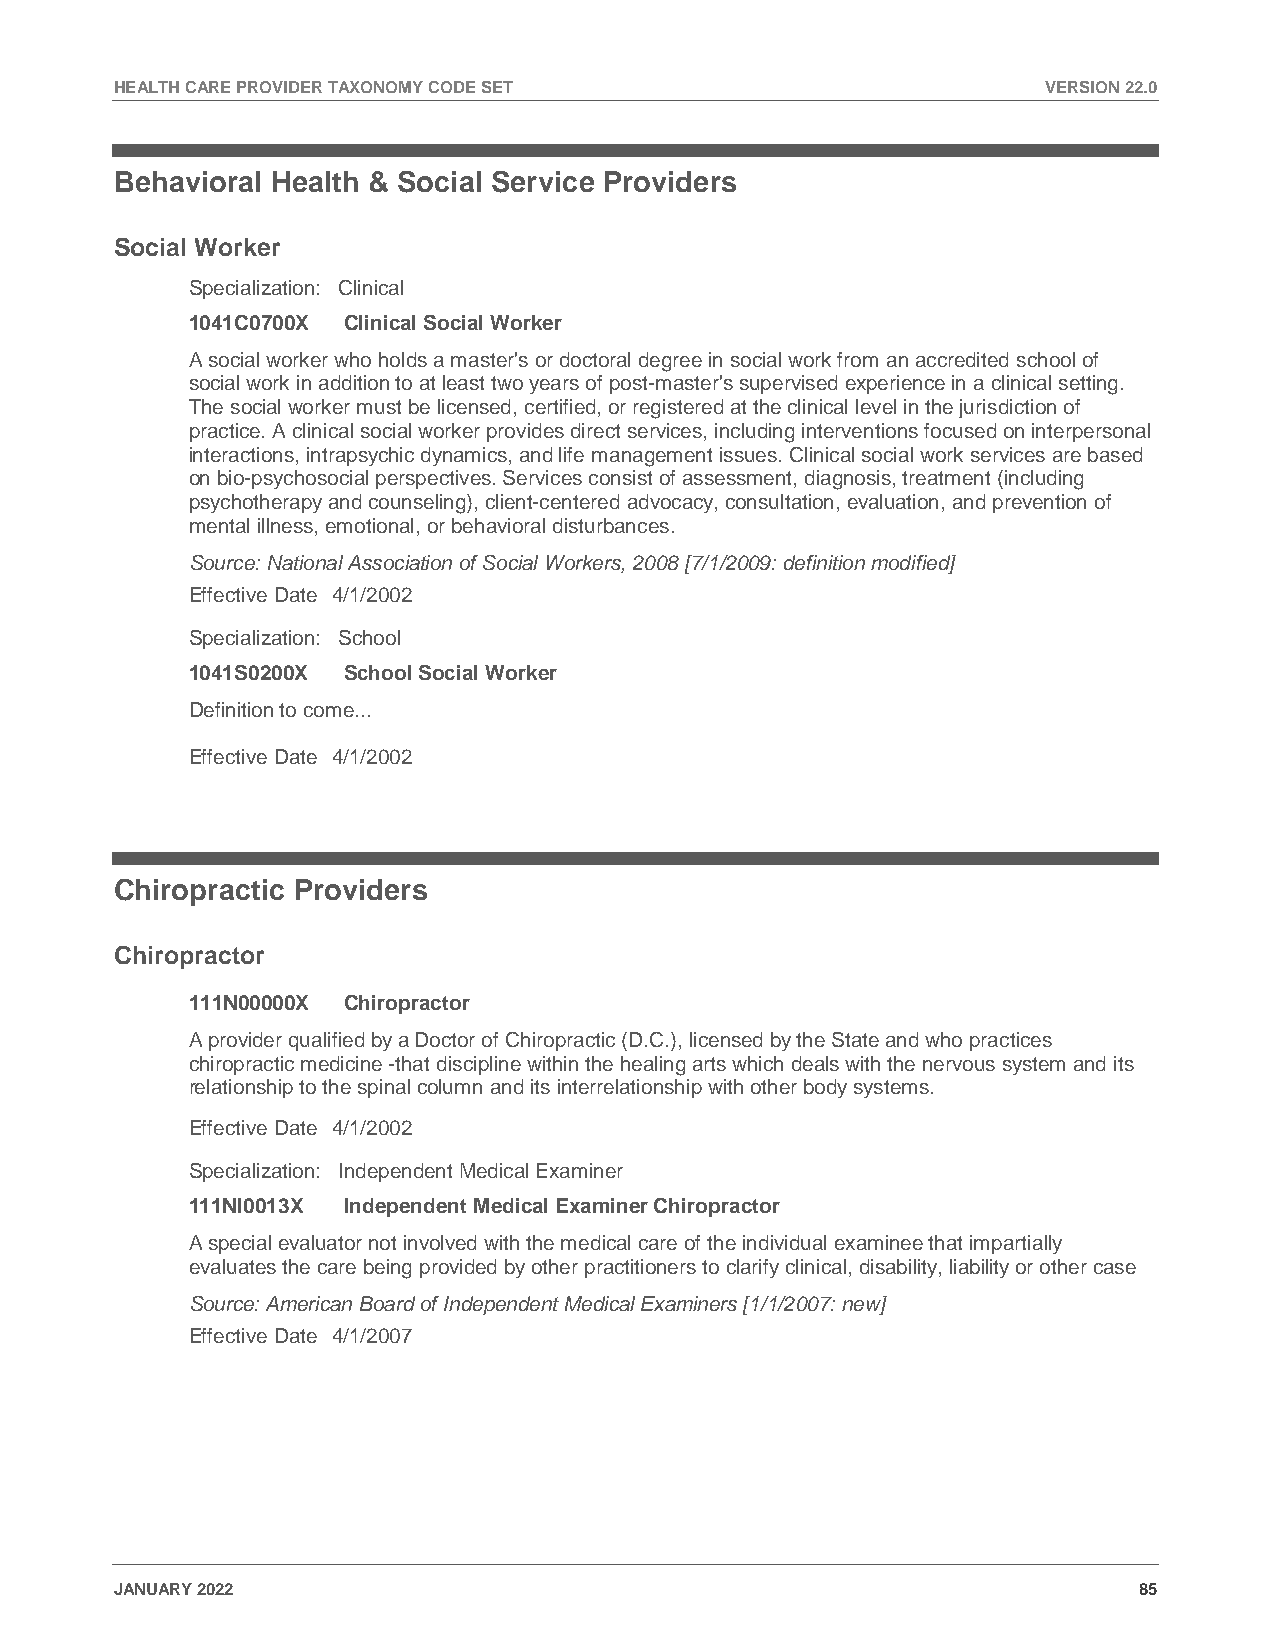
HEALTH CARE PROVIDER TAXONOMY CODE SET                       VERSION 22.0
 Behavioral Health & Social Service Providers
 Social Worker
 Specialization: Clinical
 1041C0700X Clinical Social Worker
 A social worker who holds a master's or doctoral degree in social work from an accredited school of
 social work in addition to at least two years of post-master's supervised experience in a clinical setting.
 The social worker must be licensed, certified, or registered at the clinical level in the jurisdiction of
 practice. A clinical social worker provides direct services, including interventions focused on interpersonal
 interactions, intrapsychic dynamics, and life management issues. Clinical social work services are based
 on bio-psychosocial perspectives. Services consist of assessment, diagnosis, treatment (including
 psychotherapy and counseling), client-centered advocacy, consultation, evaluation, and prevention of
 mental illness, emotional, or behavioral disturbances.
 Source: National Association of Social Workers, 2008 [7/1/2009: definition modified]
 Effective Date 4/1/2002
 Specialization: School
 1041S0200X School Social Worker
 Definition to come...
 Effective Date 4/1/2002
 Chiropractic Providers
 Chiropractor
 111N00000X Chiropractor
 A provider qualified by a Doctor of Chiropractic (D.C.), licensed by the State and who practices
 chiropractic medicine -that discipline within the healing arts which deals with the nervous system and its
 relationship to the spinal column and its interrelationship with other body systems.
 Effective Date 4/1/2002
 Specialization: Independent Medical Examiner
 111NI0013X Independent Medical Examiner Chiropractor
 A special evaluator not involved with the medical care of the individual examinee that impartially
 evaluates the care being provided by other practitioners to clarify clinical, disability, liability or other case
 Source: American Board of Independent Medical Examiners [1/1/2007: new]
 Effective Date 4/1/2007
 JANUARY 2022                                                       85